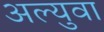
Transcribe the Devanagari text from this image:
अल्युवा